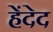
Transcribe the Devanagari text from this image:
हेंदेद